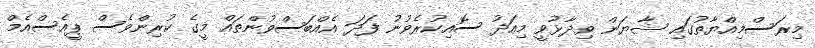
މިރަސްމިއްޔާތުގައި ޝާޔަން ވިދާޅުވީ މިއަދު ސޮއިކުރެވުނު ފަދަ އެއްބަސްވުންތައް މީގެ ކުރިންވެސް ޕީއެސްއެމް